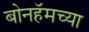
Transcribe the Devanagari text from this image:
बोनहॅमच्या